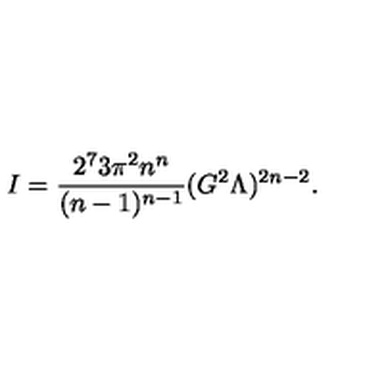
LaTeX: I = \frac { 2 ^ { 7 } 3 \pi ^ { 2 } n ^ { n } } { ( n - 1 ) ^ { n - 1 } } ( G ^ { 2 } \Lambda ) ^ { 2 n - 2 } .